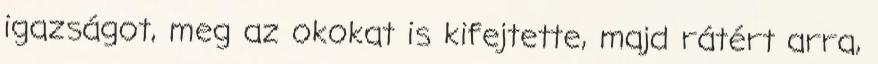
igazságot, meg az okokat is kifejtette, majd rátért arra,